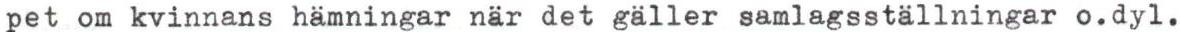
pet om kvinnans hämningar när det gäller samlagsställningar o.dyl.